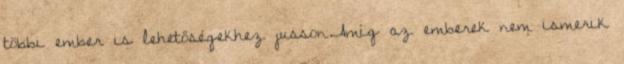
többi ember is lehetőségekhez jusson.Amíg az emberek nem ismerik